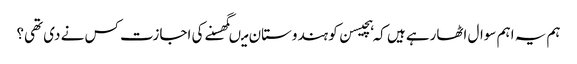
ہم یہ اہم سوال اٹھارہے ہیں کہ ہچیسن کو ہندوستان میںگھسنے کی اجازت کس نے دی تھی؟